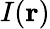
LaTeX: I(\mathbf{r})